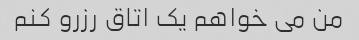
من می خواهم یک اتاق رزرو کنم